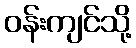
ဝန်းကျင်သို့